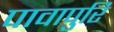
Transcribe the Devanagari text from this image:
पावापुरि